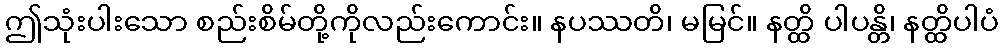
ဤသုံးပါးသော စည်းစိမ်တို့ကိုလည်းကောင်း။ နပဿတိ၊ မမြင်။ နတ္ထိ ပါပန္တိ၊ နတ္ထိပါပံ